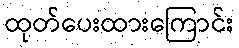
ထုတ်ပေးထားကြောင်း